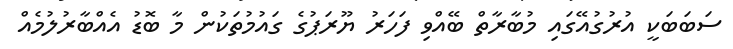
ސަބަބަކީ އުރުގުއޭގައި މުބާރާތް ބޭއްވި ފަހަރު ޔޫރަޕުގެ ގައުމުތަކުން މާ ބޮޑު އެއްބާރުލުމެއް